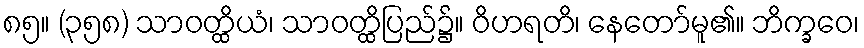
၈၅။ (၃၅၈) သာဝတ္ထိယံ၊ သာဝတ္ထိပြည်၌။ ဝိဟရတိ၊ နေတော်မူ၏။ ဘိက္ခဝေ၊